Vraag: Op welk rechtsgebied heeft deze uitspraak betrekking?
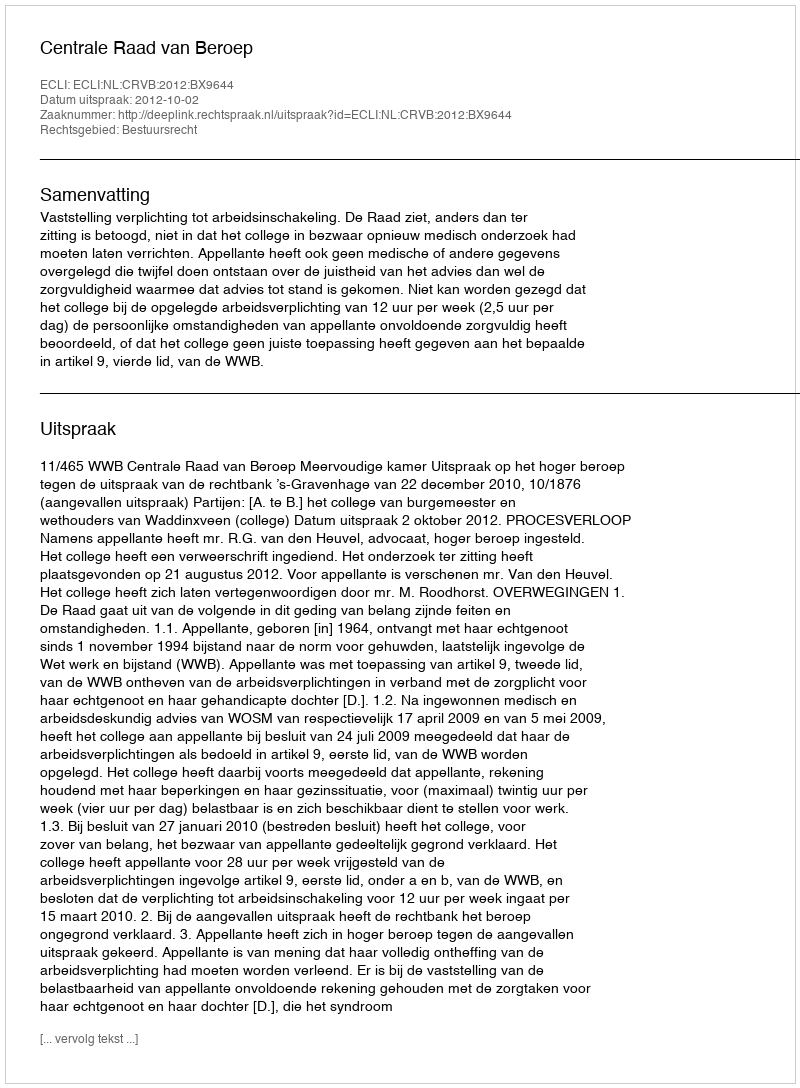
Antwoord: Bestuursrecht